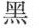
黑